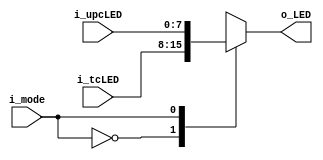
`timescale 1ns / 1ps

module LED_MUX(
    input [7:0]i_upcLED,
    input [7:0]i_tcLED,
    input i_mode,
    output [7:0]o_LED
    );

    reg [7:0]r_LED;

    assign o_LED = r_LED;

    always @(i_mode)begin
        case(i_mode)
            0: r_LED<=i_tcLED;
            1: r_LED<=i_upcLED;
        endcase
    end
endmodule